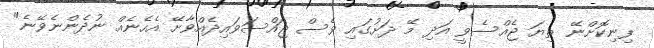
ފިނިކޮށްނޭ ތިޔަ ޖެއްސެވީ އަދި މޭ ދަށުގައި ވެސް ޖައްސަވައިދެއްވާށޭ އެހެނެއް ނުދެންނެވޭނެ"